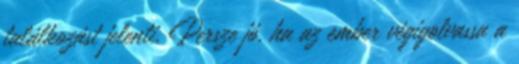
találkozást jelenti. Persze jó, ha az ember végigolvassa a